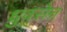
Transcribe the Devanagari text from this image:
ध्रुवसेन